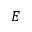
E